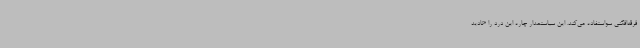
فرقه‌افکنی سواستفاده می‌کند. این سیاستمدار چاره این درد را «نادید